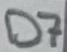
Text: D7